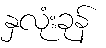
နှလုံးခုန်